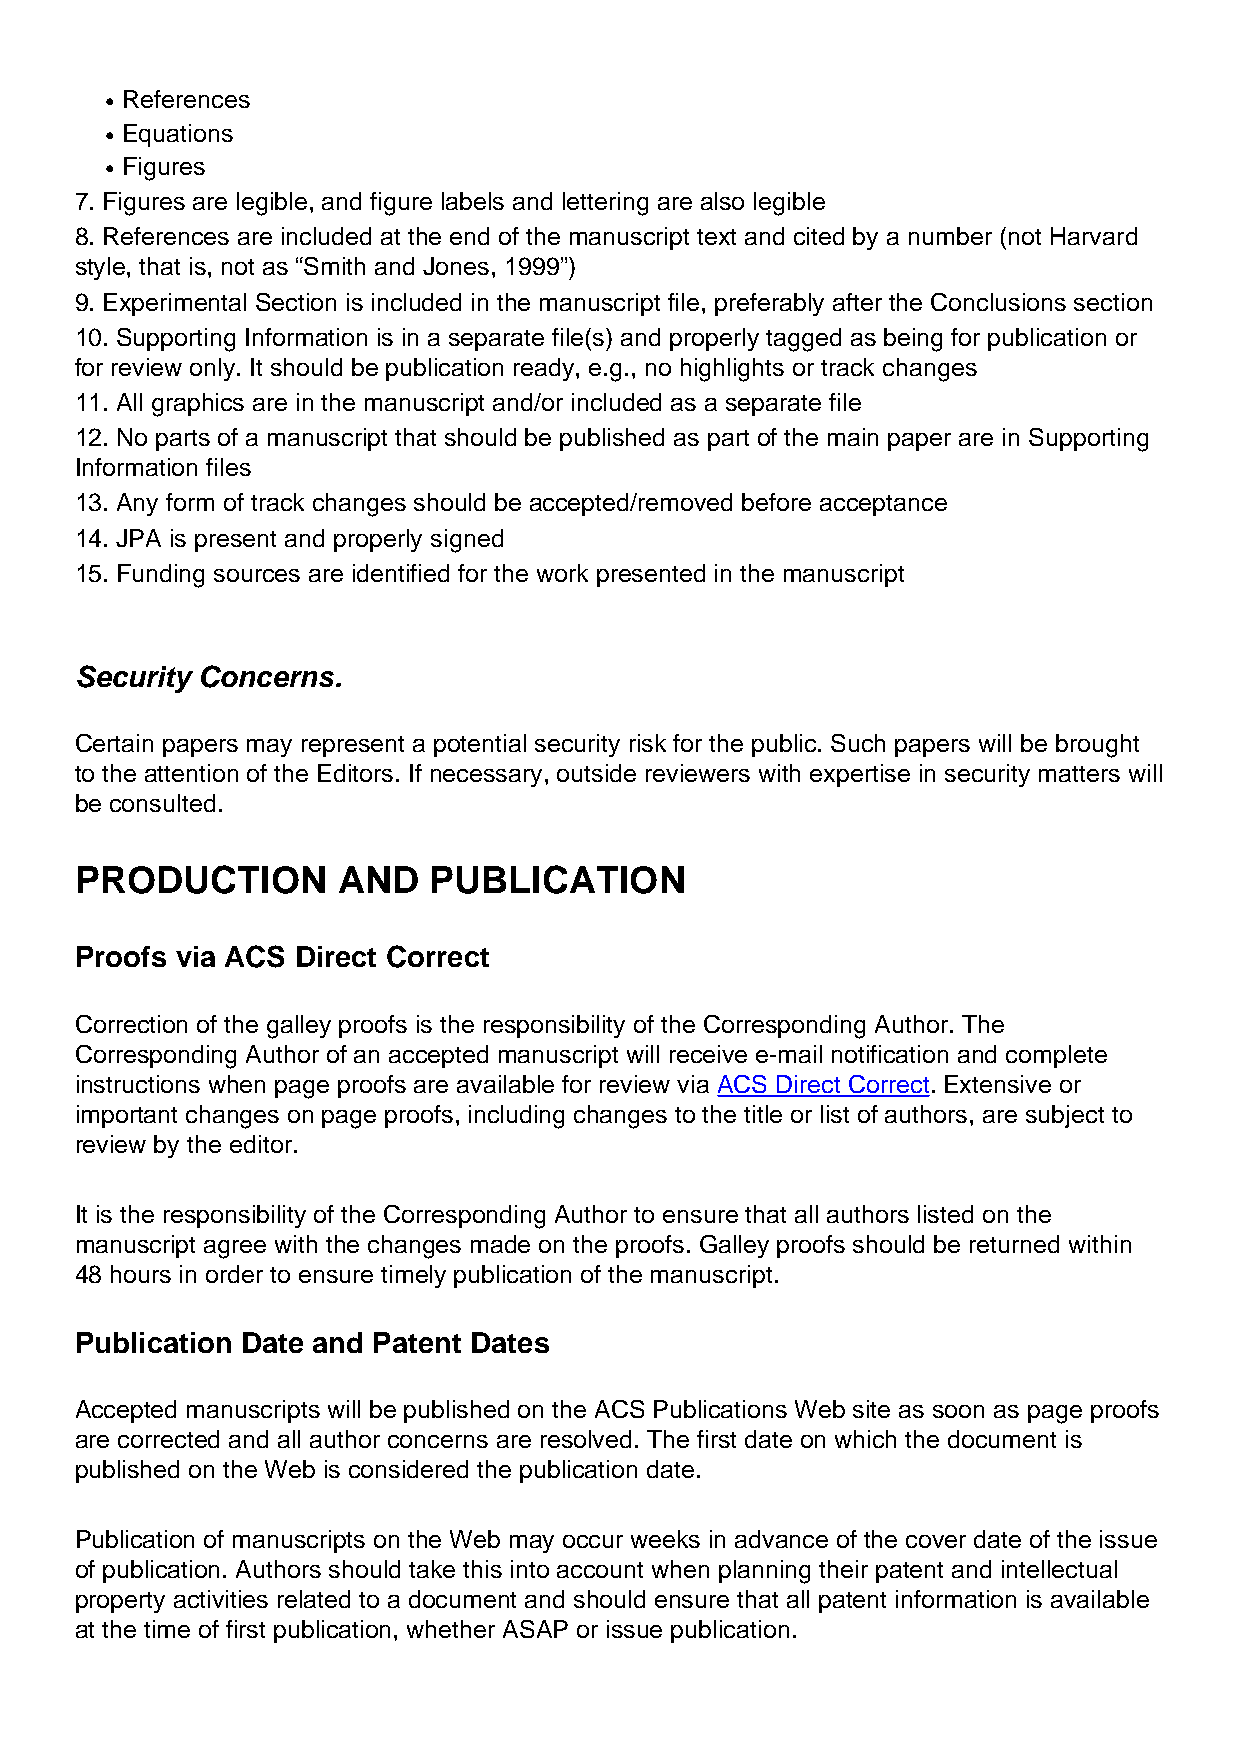
References
 l
 Equations
 l
 Figures
 l
 7. Figures are legible, and figure labels and lettering are also legible
 8. References are included at the end of the manuscript text and cited by a number (not Harvard
 style, that is, not as “Smith and Jones, 1999”)
 9. Experimental Section is included in the manuscript file, preferably after the Conclusions section
 10. Supporting Information is in a separate file(s) and properly tagged as being for publication or
 for review only. It should be publication ready, e.g., no highlights or track changes
 11. All graphics are in the manuscript and/or included as a separate file
 12. No parts of a manuscript that should be published as part of the main paper are in Supporting
 Information files
 13. Any form of track changes should be accepted/removed before acceptance
 14. JPA is present and properly signed
 15. Funding sources are identified for the work presented in the manuscript
 Security Concerns.
 Certain papers may represent a potential security risk for the public. Such papers will be brought
 to the attention of the Editors. If necessary, outside reviewers with expertise in security matters will
 be consulted.
 PRODUCTION       AND   PUBLICATION
 Proofs via ACS Direct Correct
 Correction of the galley proofs is the responsibility of the Corresponding Author. The
 Corresponding Author of an accepted manuscript will receive e-mail notification and complete
 instructions when page proofs are available for review via ACS Direct Correct. Extensive or
 important changes on page proofs, including changes to the title or list of authors, are subject to
 review by the editor.
 It is the responsibility of the Corresponding Author to ensure that all authors listed on the
 manuscript agree with the changes made on the proofs. Galley proofs should be returned within
 48 hours in order to ensure timely publication of the manuscript.
 Publication Date and Patent Dates
 Accepted manuscripts will be published on the ACS Publications Web site as soon as page proofs
 are corrected and all author concerns are resolved. The first date on which the document is
 published on the Web is considered the publication date.
 Publication of manuscripts on the Web may occur weeks in advance of the cover date of the issue
 of publication. Authors should take this into account when planning their patent and intellectual
 property activities related to a document and should ensure that all patent information is available
 at the time of first publication, whether ASAP or issue publication.